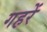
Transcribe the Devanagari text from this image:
गहरें